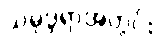
သမုဒ္ဒရာအတွင်း